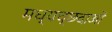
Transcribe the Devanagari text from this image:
मध्यच्छदाओं